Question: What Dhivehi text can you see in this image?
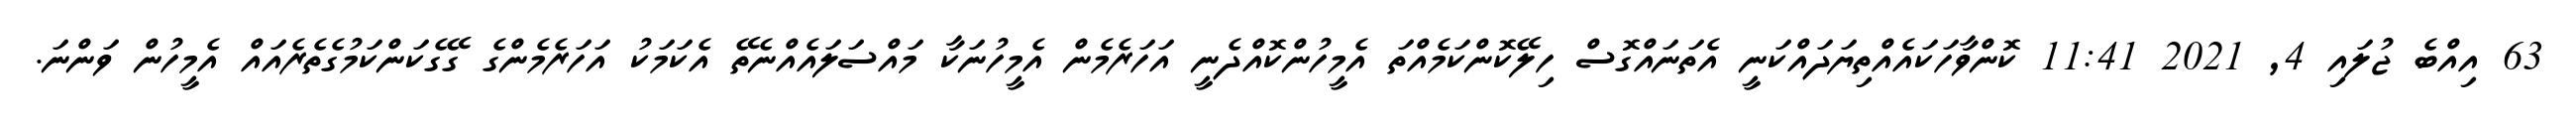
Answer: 63 އިއްބެ ޖުލައި 4, 2021 11:41 ކޮންވާހަކައެއްތިޔަދައްކަނީ އެތަނައްގޮސް ހިލޭކޮންކަމެއްތަ އެމީހުންކޮއްދެނީ އަހަރެމެން އެމީހުނަކާ މައްސަލައެއްނެތޭ އެކަމަކު އަހަރެމެންގެ ގޭގެކަންކަމުގެތެރެއައް އެމީހުން ވަންނަ.